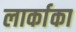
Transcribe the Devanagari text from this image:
लार्काका